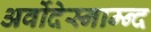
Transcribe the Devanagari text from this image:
अर्वोदेस्नाम्न्द